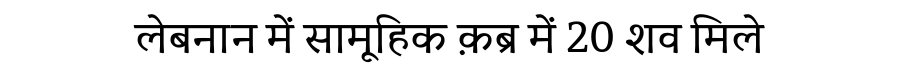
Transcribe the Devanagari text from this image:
लेबनान में सामूहिक क़ब्र में 20 शव मिले